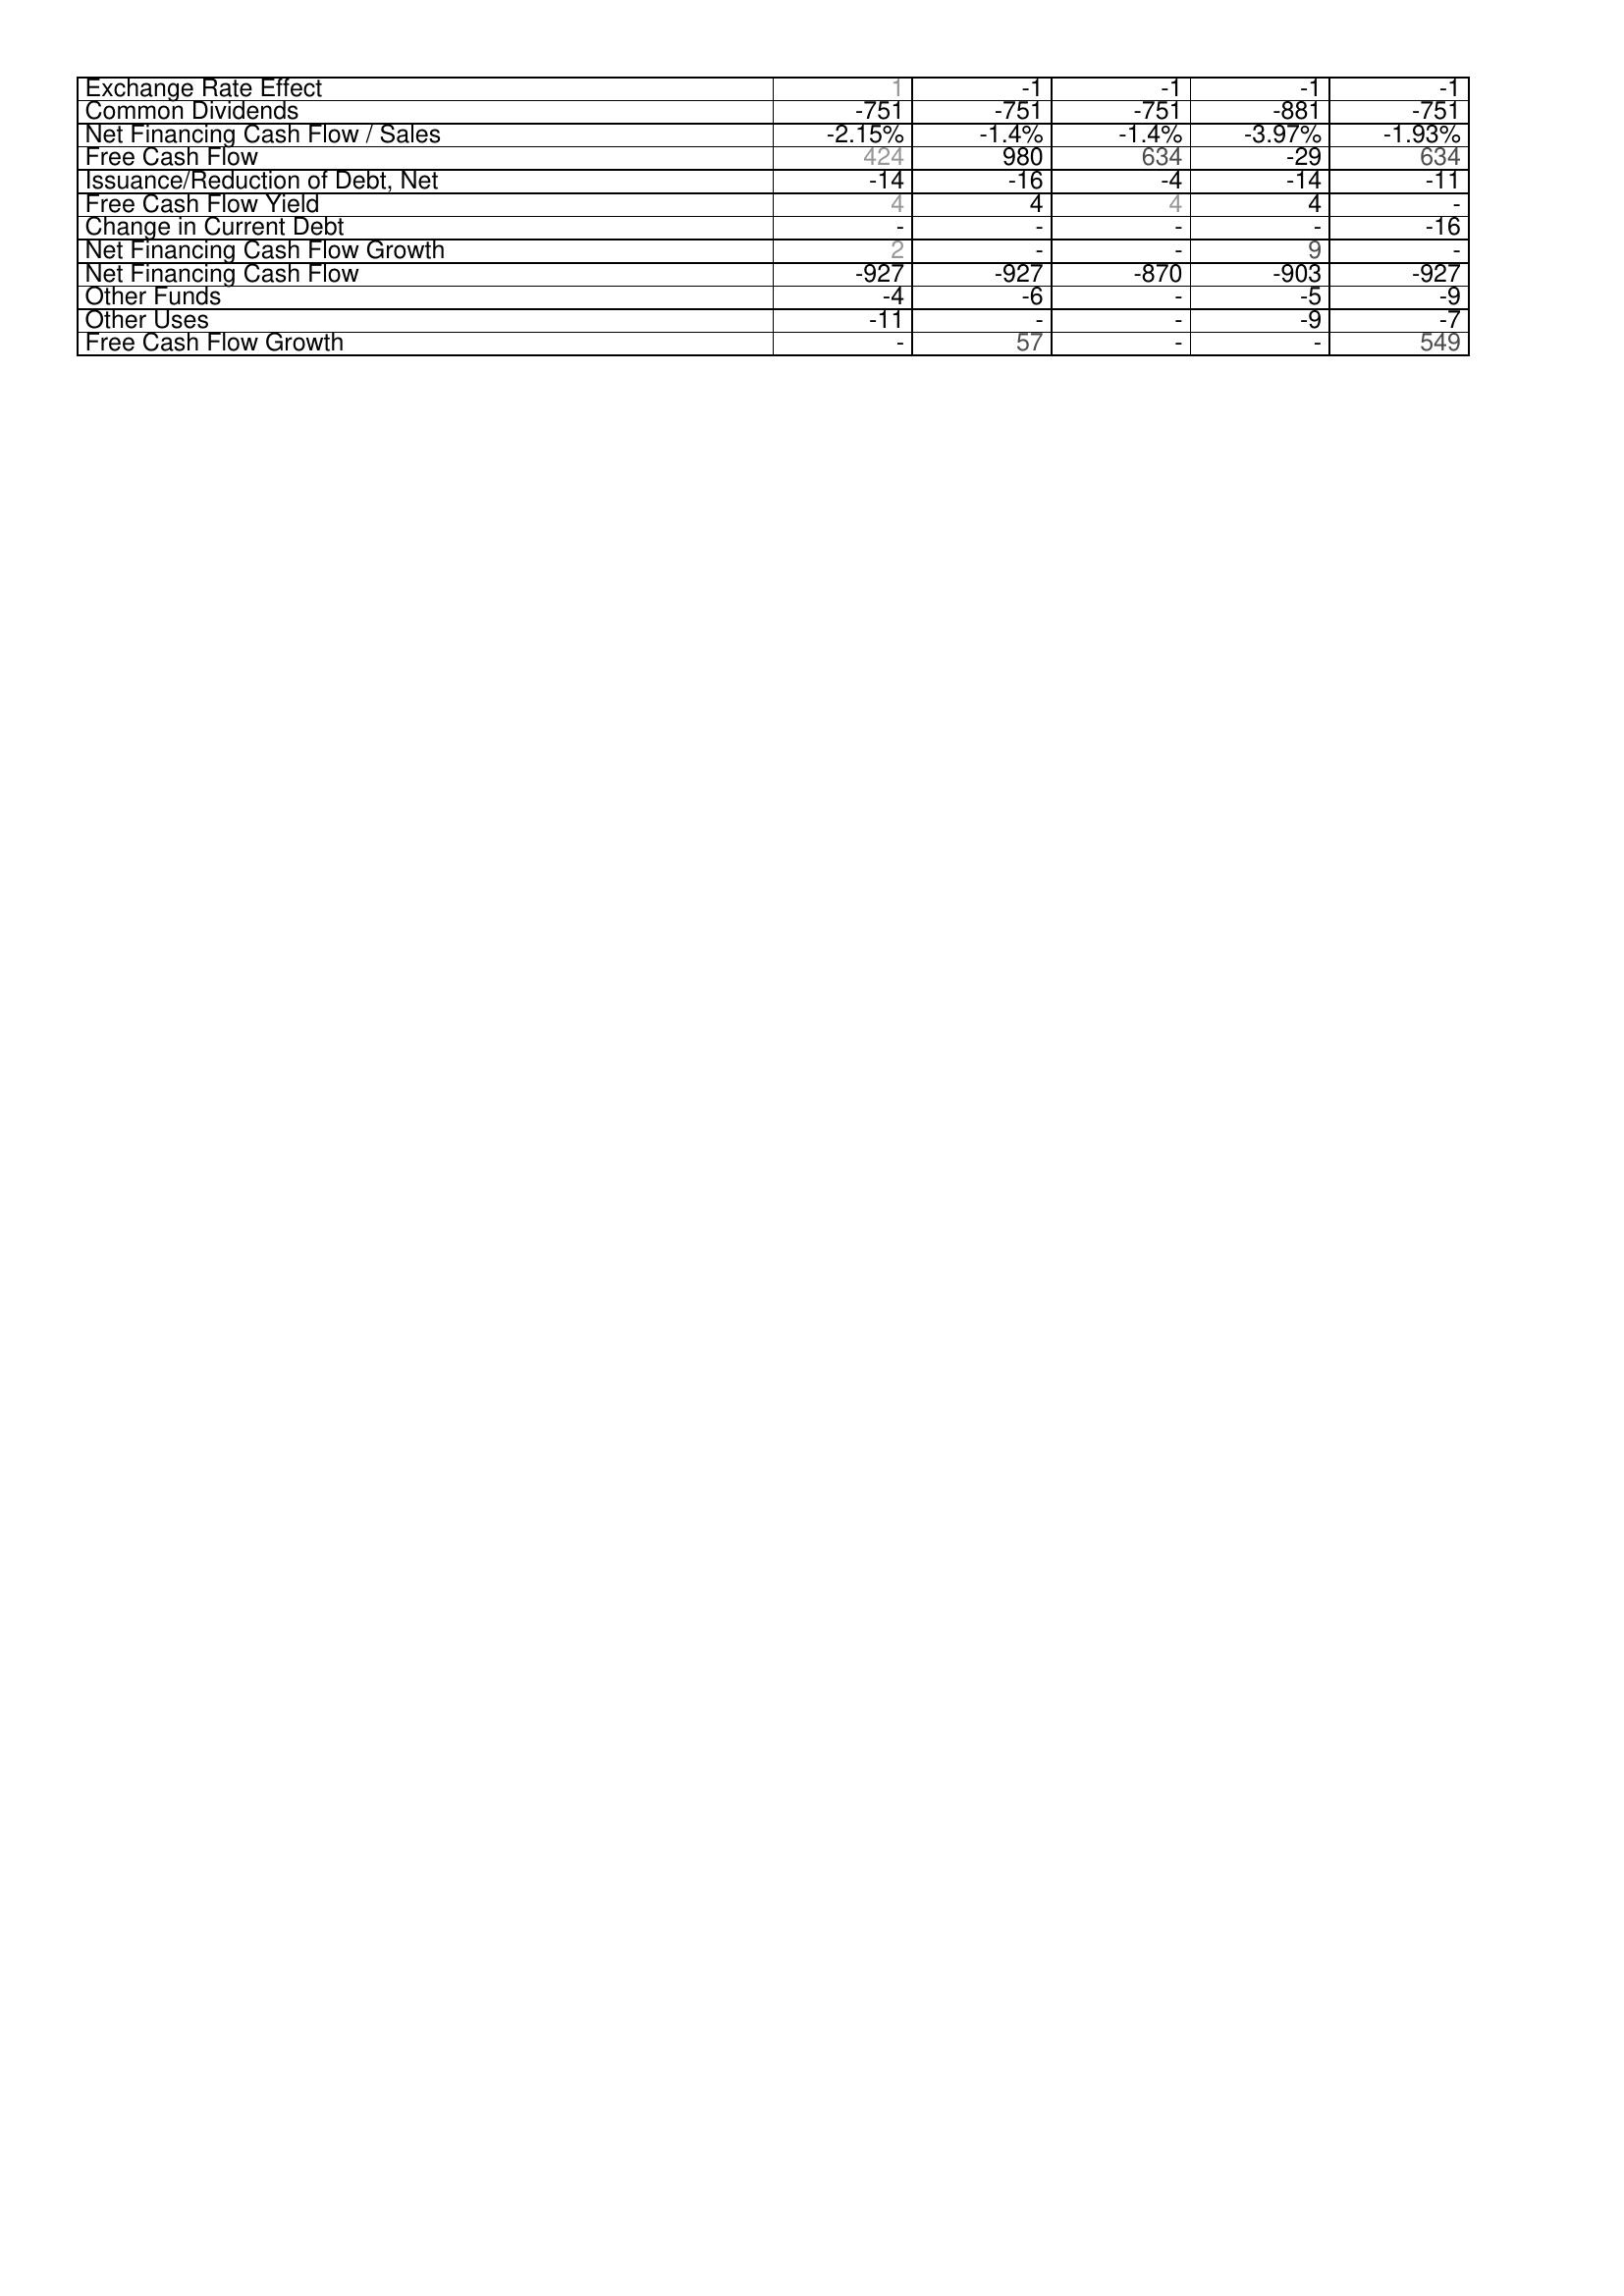
2012: Financing Activities: Exchange Rate Effect: 1
Common Dividends: -751
Net Financing Cash Flow / Sales: -2.15%
Free Cash Flow: 424
Issuance/Reduction of Debt, Net: -14
Free Cash Flow Yield: 4
Change in Current Debt: -
Net Financing Cash Flow Growth: 2
Net Financing Cash Flow: -927
Other Funds: -4
Other Uses: -11
Free Cash Flow Growth: -
2013: Financing Activities: Exchange Rate Effect: -1
Common Dividends: -751
Net Financing Cash Flow / Sales: -1.4%
Free Cash Flow: 980
Issuance/Reduction of Debt, Net: -16
Free Cash Flow Yield: 4
Change in Current Debt: -
Net Financing Cash Flow Growth: -
Net Financing Cash Flow: -927
Other Funds: -6
Other Uses: -
Free Cash Flow Growth: 57
2014: Financing Activities: Exchange Rate Effect: -1
Common Dividends: -751
Net Financing Cash Flow / Sales: -1.4%
Free Cash Flow: 634
Issuance/Reduction of Debt, Net: -4
Free Cash Flow Yield: 4
Change in Current Debt: -
Net Financing Cash Flow Growth: -
Net Financing Cash Flow: -870
Other Funds: -
Other Uses: -
Free Cash Flow Growth: -
2015: Financing Activities: Exchange Rate Effect: -1
Common Dividends: -881
Net Financing Cash Flow / Sales: -3.97%
Free Cash Flow: -29
Issuance/Reduction of Debt, Net: -14
Free Cash Flow Yield: 4
Change in Current Debt: -
Net Financing Cash Flow Growth: 9
Net Financing Cash Flow: -903
Other Funds: -5
Other Uses: -9
Free Cash Flow Growth: -
2016: Financing Activities: Exchange Rate Effect: -1
Common Dividends: -751
Net Financing Cash Flow / Sales: -1.93%
Free Cash Flow: 634
Issuance/Reduction of Debt, Net: -11
Free Cash Flow Yield: -
Change in Current Debt: -16
Net Financing Cash Flow Growth: -
Net Financing Cash Flow: -927
Other Funds: -9
Other Uses: -7
Free Cash Flow Growth: 549